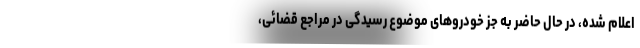
اعلام شده، در حال حاضر به جز خودروهای موضوع رسیدگی در مراجع قضائی،